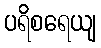
ပရိစရေယျ